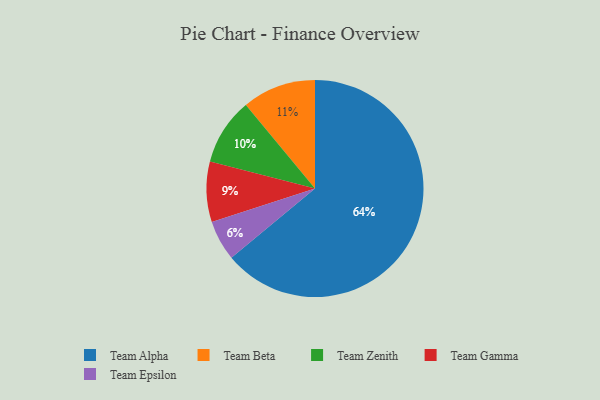
{"axis": {"x": "Category", "y": "Percentage"}, "legend": ["Team Alpha", "Team Beta", "Team Epsilon", "Team Gamma", "Team Zenith"], "data": [{"x": "Team Zenith", "y": 10, "type": "Team Zenith"}, {"x": "Team Alpha", "y": 64, "type": "Team Alpha"}, {"x": "Team Epsilon", "y": 6, "type": "Team Epsilon"}, {"x": "Team Beta", "y": 11, "type": "Team Beta"}, {"x": "Team Gamma", "y": 9, "type": "Team Gamma"}]}